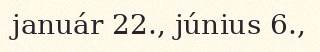
január 22., június 6.,